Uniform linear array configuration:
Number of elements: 8
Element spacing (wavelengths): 0.75
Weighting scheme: kaiser
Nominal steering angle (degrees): -60
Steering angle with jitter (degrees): -59.429
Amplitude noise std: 0.05
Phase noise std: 0.05

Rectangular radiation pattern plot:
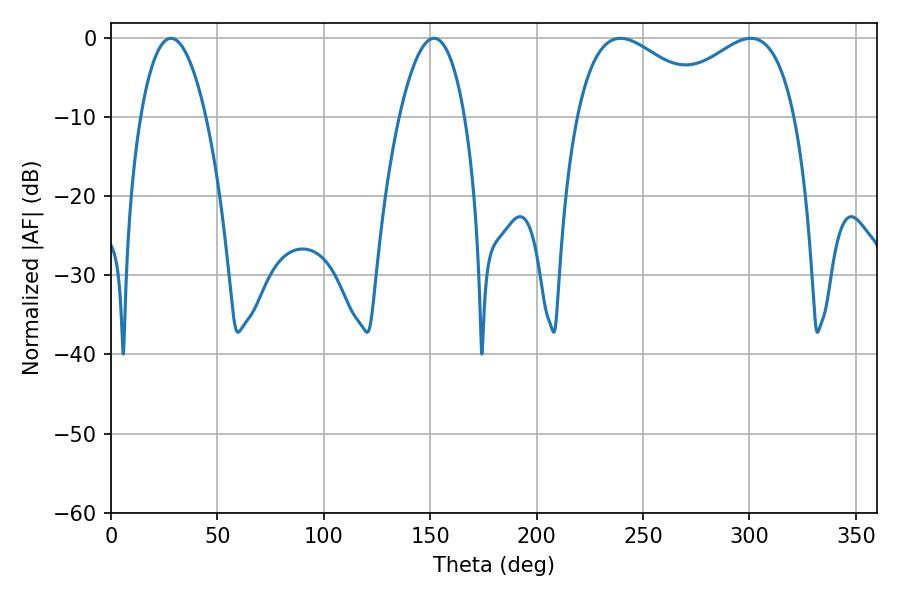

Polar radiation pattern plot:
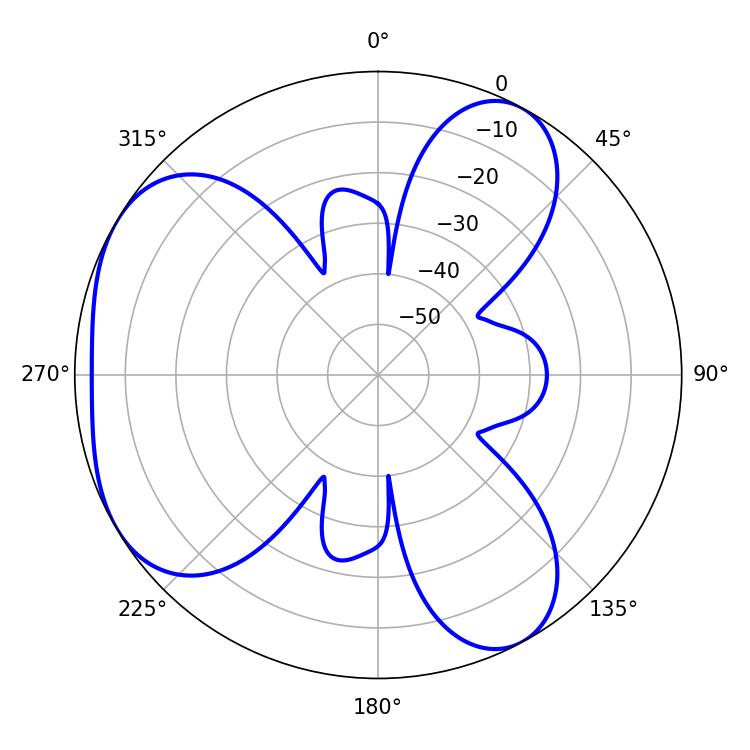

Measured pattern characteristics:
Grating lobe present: TRUE
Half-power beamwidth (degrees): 36
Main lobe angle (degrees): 239.4